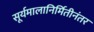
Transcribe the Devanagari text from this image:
सूर्यमालानिर्मितीनंतर